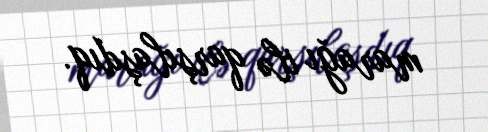
marağı ilə qarşılaşdıq.